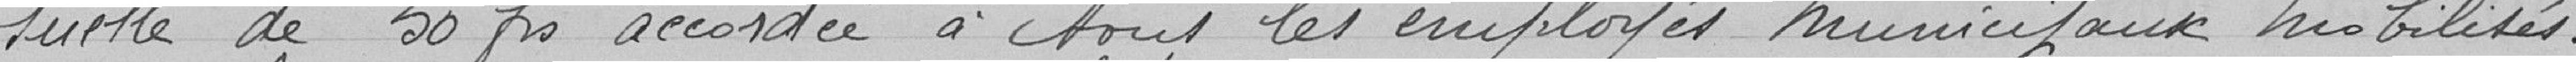
suelle de 50 francs accordée à tous les employés municipaux mobilisés.